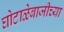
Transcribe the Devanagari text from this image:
घोटाळेबाजीच्या